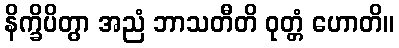
နိက္ခိပိတွာ အညံ ဘာသတီတိ ဝုတ္တံ ဟောတိ။